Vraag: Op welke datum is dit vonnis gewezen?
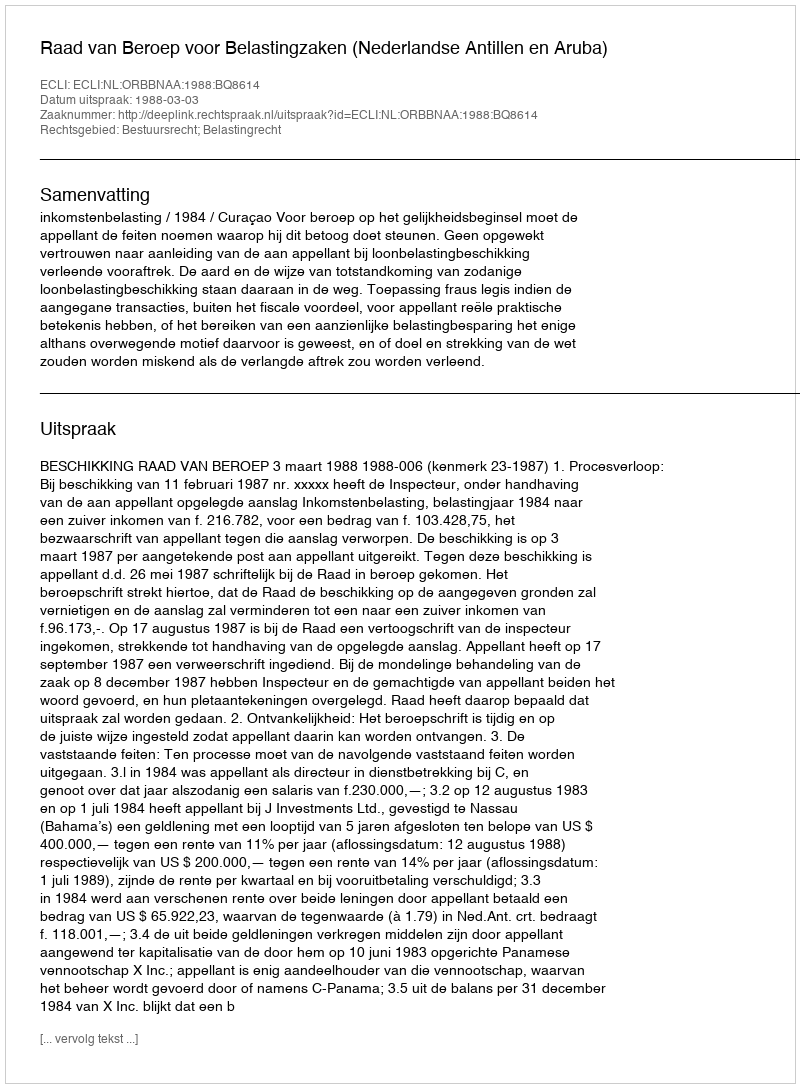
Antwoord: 1988-03-03